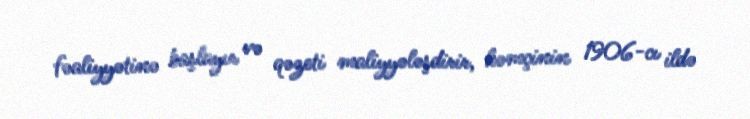
fəaliyyətinə başlayır və qəzeti maliyyələşdirir, həmçinin 1906-cı ildə